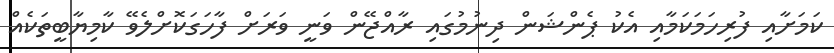
ކަމަށާއި ފުރިހަމަކަމާއި އެކު ޕެންޝަން ދިނުމުގައި ރާއްޖޭން ވަނީ ވަރަށް ފާހަގަކޮށްލެވޭ ކާމިޔާބީތަކެއް